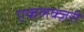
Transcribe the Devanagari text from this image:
एकलक्ज़री